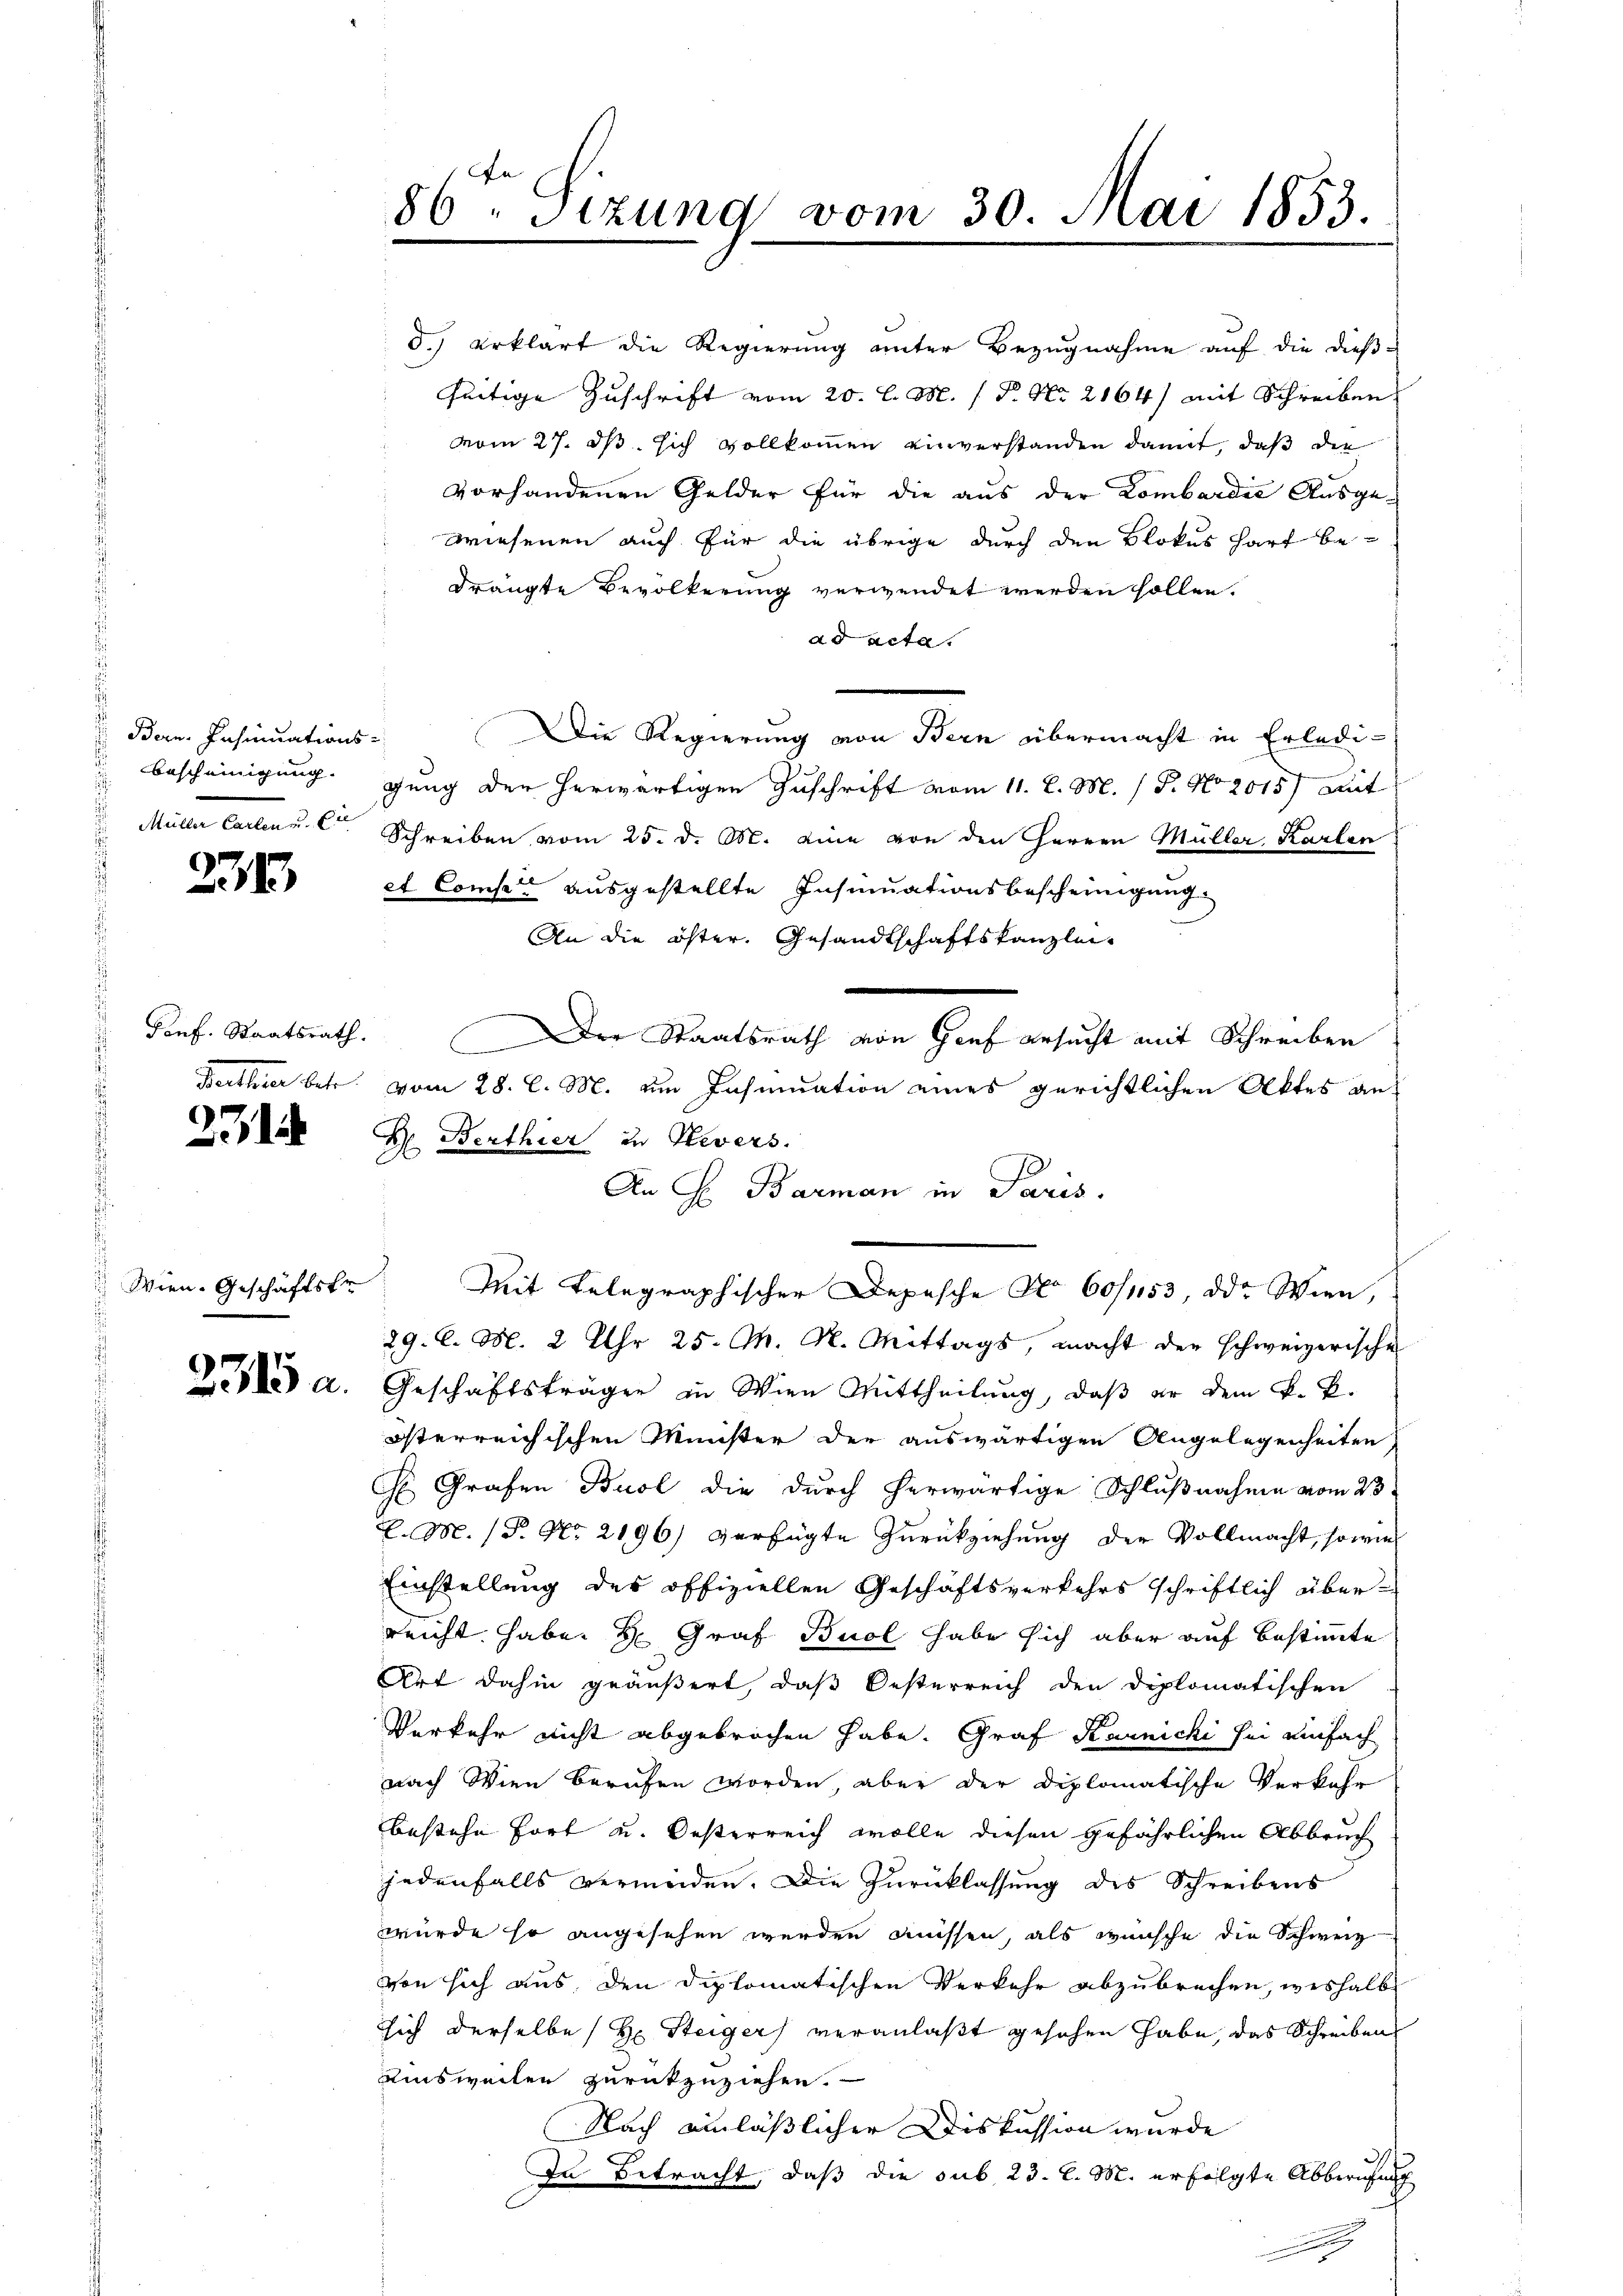
Bern. Insinuations-
Müller Carten u. Die

238

Ponf. Staatsrath.

2

Wien Geschäftstr

3.) erklärt die Regierung unter Bezugnahme auf die dießseitige Zuschrift vom 20. l. M. P. Nr. 2164) mit Schreiben.
vom 27. ds. sich vollkommen einverstanden damit, daß die
vorhandenen Gelder für die aus der Lombardić Ausge-
wiesenen auch für die übrige durch den Blokus hart be-
drängte Bevölkerung verwendet werden sollen.
ad acta.
Die Regierung von Bern übermacht in Erledi¬
 Bescheinigung gung der herwärtigen Zuschrift vom 11. d. M. / P. No 2015 mit
Schreiben vom 25. d. M. eine von den Herren Müller, Karlen
et Comper ausgestellte Insinuationsbescheinigung.
An die öster, Gesandtschaftskanzlei-
Der Staatsrath von Graf ersucht mit Schreiben
Berthier betr. vom 28. l. M. um Insinuation eines gerichtlichen Aktes an
X. Berthier in Stevers.
29
An H. Barman in Paris.
Mit Telegraphischer Depesche No 60/453, der Wien,
29. l. M. 2 Uhr 25. M. N. Mittags, macht der schweizerische
 a. Geschäftsträger in Wien Mittheilung, daß er dem k. k.
österreichischen Minister der auswärtigen Angelegenheiten
H Grafen Buol die durch herwärtige Schlußnahme vom 23.
E.M. /Pr. No. 2196) verfügte Zurückziehung der Vollmacht, sowie
Einstellung des offiziellen Geschäftsverkehrs schriftlich über-
reicht habe H: Graf Buol habe sich aber auf bestimmte
Art dahin geäußert, daß Oesterreich den diplomatischen
Verkehr nicht abgebrochen habe. Graf Karnichi sei einfach
nach Wien berufen worden, aber der Diplomatische Verkehr
bestehe fort u. Oesterreich wolle diesen gefährlichen Abbruch
jedenfalls vermeiden. Die Zurücklassung des Schreibens
wurde so angesehen werden müssen, als wünsche die Schweiz
von sich aus den diplomatischen Verkehr abzubrechen, weshalb
sich derselbe (H. Steiger veranlaßt gesehen habe, das Schreiben
Risweiten zurückzuziehen.
Nach einläßlicher Diskussion wurde
In Betracht, daß die sub 23. l. M. erfolgte Abberufung
.

86ten Sizung vom 30. Mai 1853.